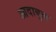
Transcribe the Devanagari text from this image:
आदाबुल